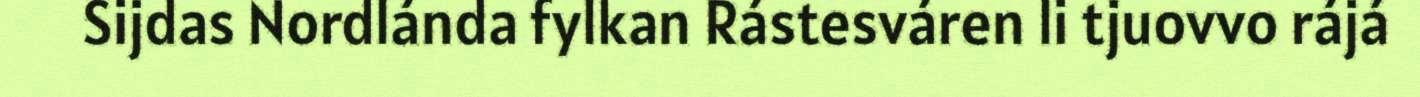
Sijdas Nordlánda fylkan Rástesváren li tjuovvo rájá